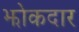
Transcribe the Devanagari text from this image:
झोकदार